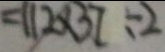
= 1 1 2 \times 3 7 \div 2